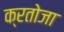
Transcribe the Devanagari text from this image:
क्रतोजा